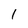
Character: l